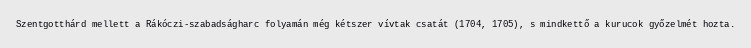
Szentgotthárd mellett a Rákóczi-szabadságharc folyamán még kétszer vívtak csatát (1704, 1705), s mindkettő a kurucok győzelmét hozta.